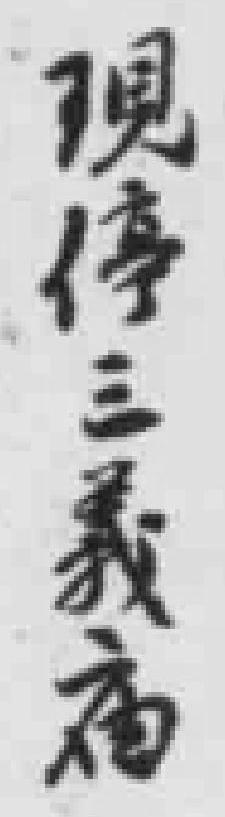
現停三義庙